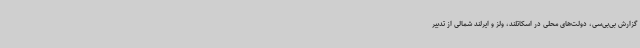
گزارش بی‌بی‌سی، دولت‌های محلی در اسکاتلند، ولز و ایرلند شمالی از تدبیر